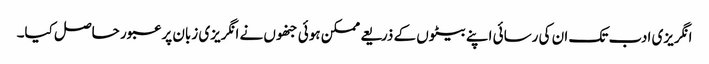
انگریزی ادب تک ان کی رسائی اپنے بیٹوں کے ذریعے ممکن ہوئی جنھوں نے انگریزی زبان پر عبور حاصل کیا۔